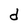
Character: d